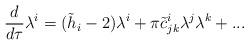
LaTeX: \begin{align*}{d\over{d\tau}}\lambda^i=(\tilde h_i-2)\lambda^i +\pi\tilde c^i_{jk}\lambda^j\lambda^k+...\end{align*}